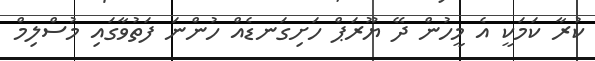
ކުރާ ކަމަކީ އެ މީހުން ދޭ ޔޫރަޕް ހަށިގަނޑެއް ހުންނަ ފަތުވާގައި މުސްލިމް